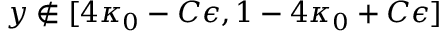
y \notin [ 4 \kappa _ { 0 } - C \epsilon , 1 - 4 \kappa _ { 0 } + C \epsilon ]